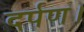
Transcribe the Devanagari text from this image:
दर्पण।